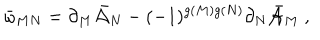
LaTeX: \bar { \omega } _ { M N } = \partial _ { M } \bar { \cal { A } } _ { N } - ( - 1 ) ^ { g ( M ) g ( N ) } \partial _ { N } \bar { \cal { A } } _ { M } \ ,